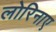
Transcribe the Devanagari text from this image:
लोरिनाए